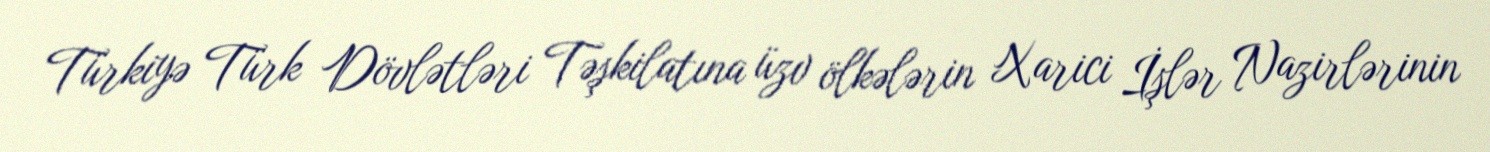
Türkiyə Türk Dövlətləri Təşkilatına üzv ölkələrin Xarici İşlər Nazirlərinin